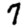
Digit: 7